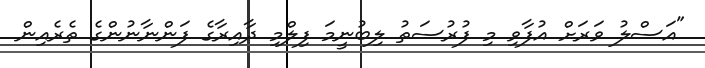
"އަސްލު ވަރަށް އުފާވި މި ފުރުސަތު ލިބުނީމަ ފިލްމި ދާއިރާގެ ފަންނާނުންގެ ތެރެއިން